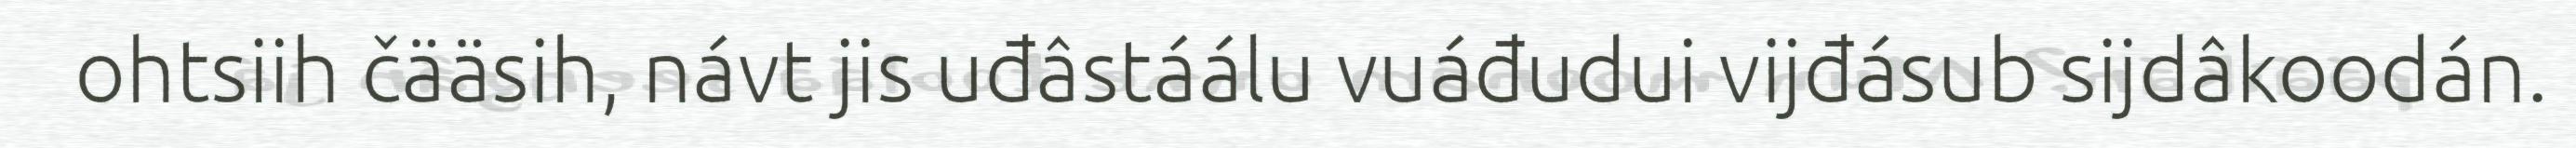
ohtsiih čääsih, návt jis uđâstáálu vuáđudui vijđásub sijdâkoodán.